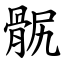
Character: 䯌